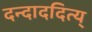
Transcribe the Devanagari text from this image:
दन्दाददित्य्